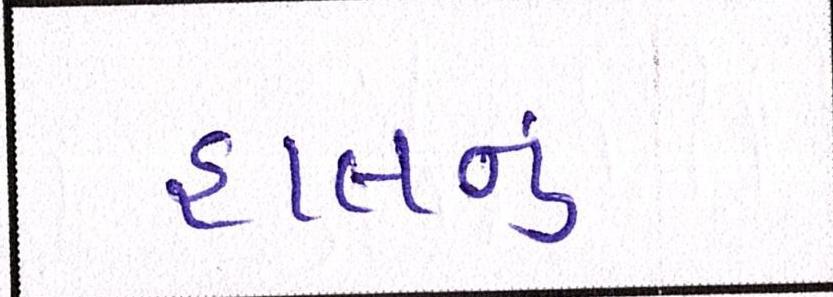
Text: હાલનું